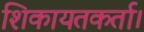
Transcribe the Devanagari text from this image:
शिकायतकर्ता।